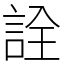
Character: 詮